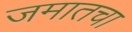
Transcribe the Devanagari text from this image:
जमातचा